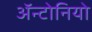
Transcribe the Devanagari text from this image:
ॲन्टोनियो